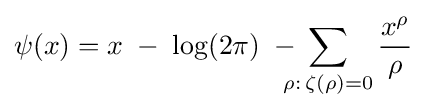
\psi (x)=x\;-\;\log(2\pi )\;-\!\!\!\!\sum \limits _{\rho :\,\zeta (\rho )=0}{\frac {x^{\rho }}{\rho }}